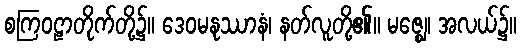
စကြဝဠာတိုက်တို့၌။ ဒေဝမနုဿာနံ၊ နတ်လူတို့၏။ မဇ္ဈေ၊ အလယ်၌။